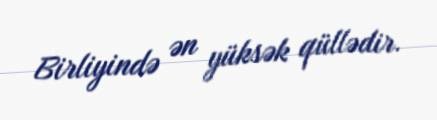
Birliyində ən yüksək qüllədir.